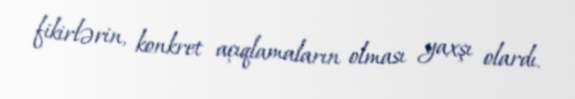
fikirlərin, konkret açıqlamaların olması yaxşı olardı.